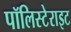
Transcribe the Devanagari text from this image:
पॉलिस्टेराइट